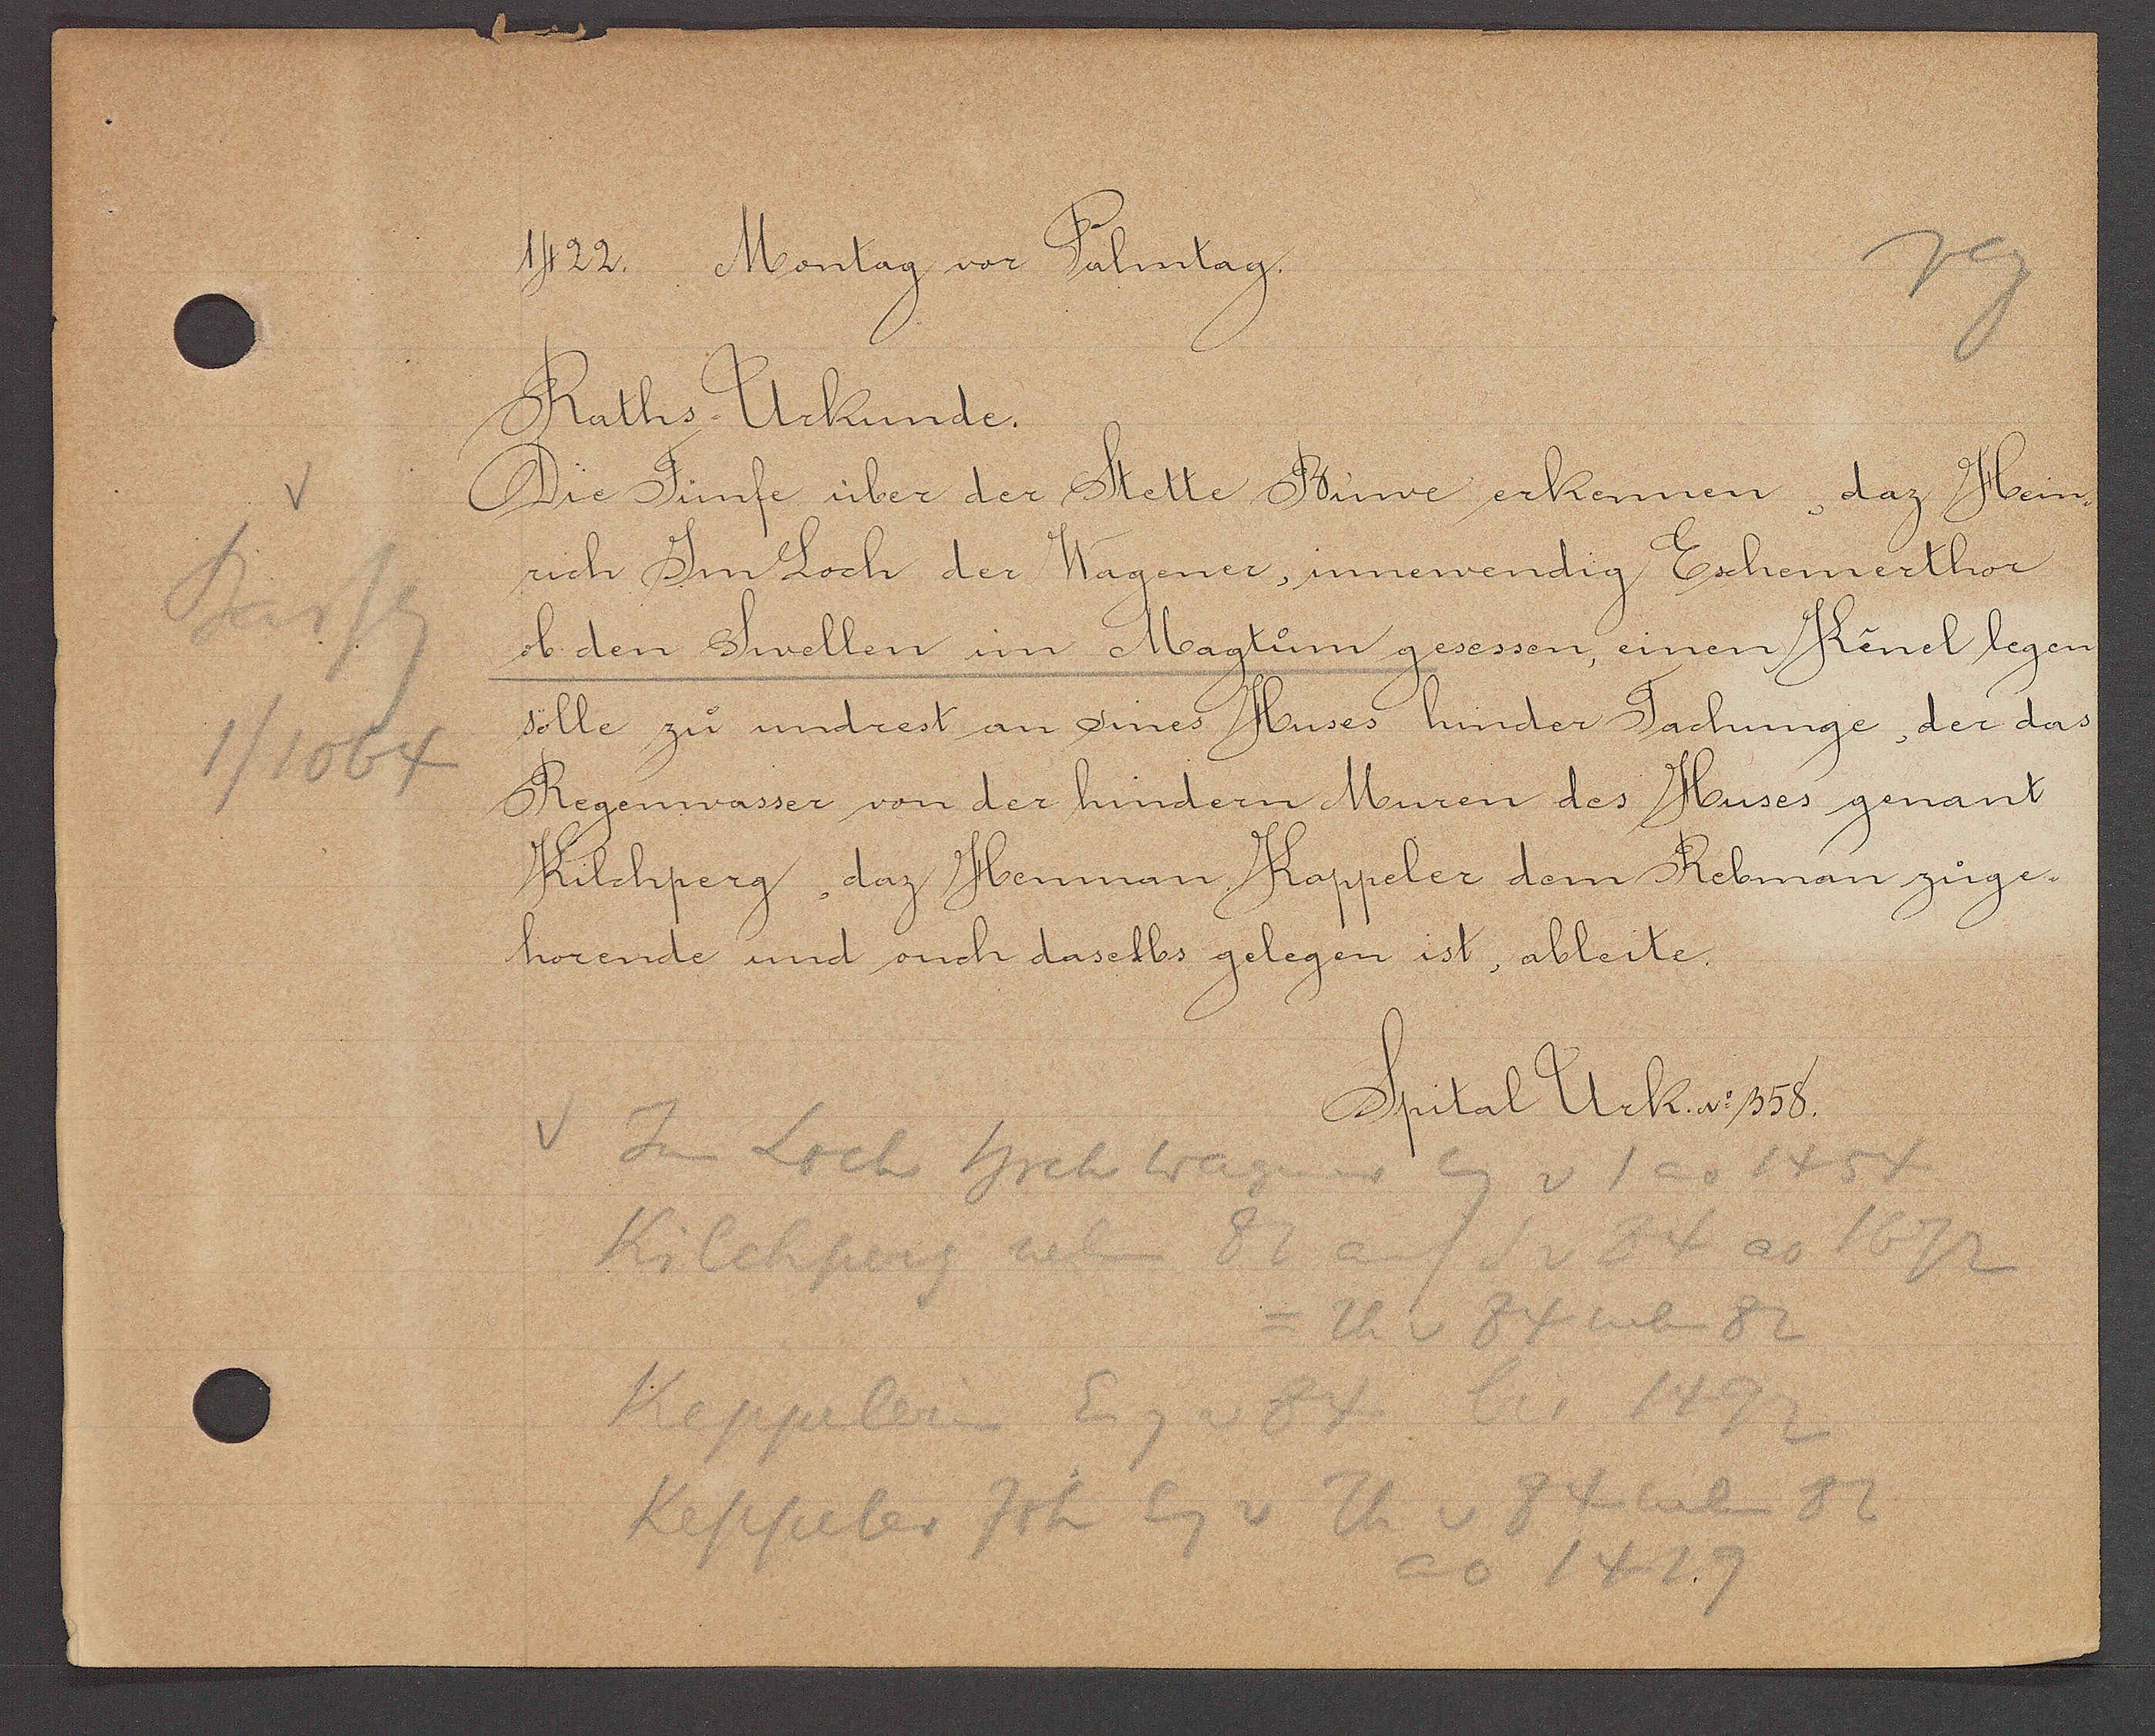
Transcript:
Bartg
1/1064

1422.
Montag vor Pahntag.

Raths-Urkunde.
Die Fünfe über der Stette Buwe erkennen, daz Hein¬
rich Jm Loch der Wagener, innewendig Eschemerthor
ob den Swellen im Magtum gesessen, einen Kênel legen
sölle zu undrest an sines Huses hinder Tachunge, der das
Regenwasser von der hindern Muren des Huses genant
Kilchperg, daz Henman Kappeler dem Rebman zuge¬
hörende und ouch daselbs gelegen ist, ableite.

Jan Loch hrch Wagener Eg
v 1 ao 1454
S v 84 ao 1672
Kilchperg neben 82 auf
= Th v 84 neben 82
Kappelerin Eig v 84 bis 1492
Keppeler Joh Eg v Th v 84 neben 82
ao 1429

Spital Urk. No 358.